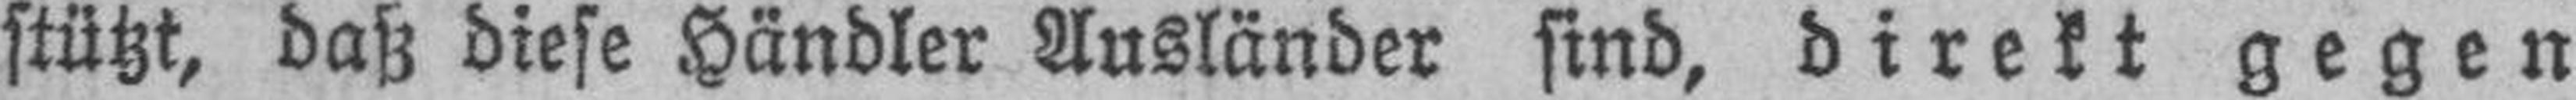
stützt, daß diese Händler Ausländer sind, direkt gegen